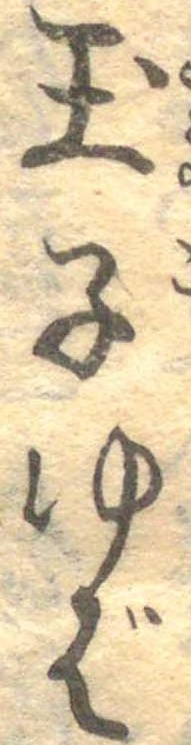
玉子ゆば